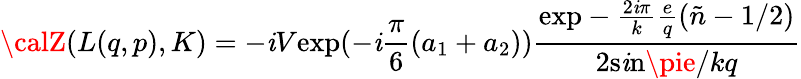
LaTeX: {\calZ}(L(q,p),K)=-\mathit{i}V\mathrm{{exp}}(-\mathit{i}\frac{{\pi}}{{6}}(a_{1}+a_{2}))\frac{{\mathrm{{exp}}-\frac{{2\mathit{i}\pi}}{{k}}\frac{{e}}{{q}}(\tilde{{n}}-1/2)}}{{2\mathrm{{s\mathit{i}n}}\pie/kq}}